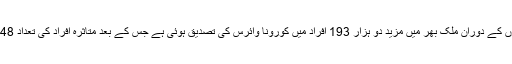
گزشتہ 24 گھنٹوں کے دوران ملک بھر میں مزید دو ہزار 193 افراد میں کورونا وائرس کی تصدیق ہوئی ہے جس کے بعد متاثرہ افراد کی تعداد 48 ہزار 91 ہوگئی۔